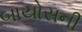
બાયોસની